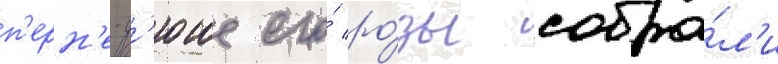
п'ерн'е-д'юше его́ ро́зы собра́л'и